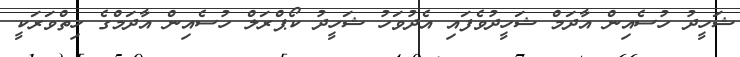
ޝަހީދު ހުސެއިން އާދަމް ޝަހީދުވެފައި އެދުވަހު ޝަހީދު ކޯޕްރަލް ހުސެއިން އާދަމްގެ ހިތްވަރަކީ